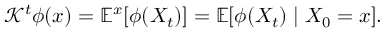
\mathcal { K } ^ { t } \phi ( x ) = \mathbb { E } ^ { x } [ \phi ( X _ { t } ) ] = \mathbb { E } [ \phi ( X _ { t } ) \mid X _ { 0 } = x ] .